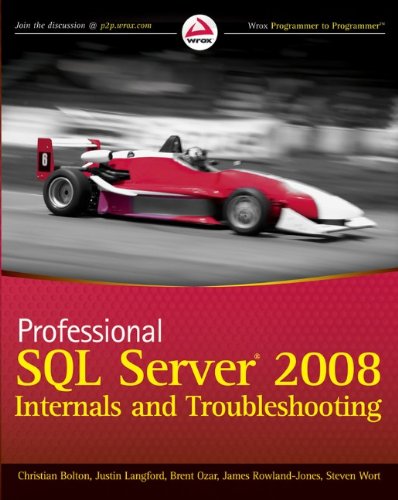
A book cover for Professional SQL Server 2008 Internals and Troubleshooting; Christian Bolton; Computers & Technology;